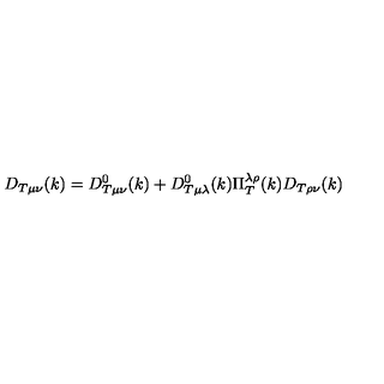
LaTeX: D _ { T \mu \nu } ( k ) = D _ { T \mu \nu } ^ { 0 } ( k ) + D _ { T \mu \lambda } ^ { 0 } ( k ) \Pi _ { T } ^ { \lambda \rho } ( k ) D _ { T \rho \nu } ( k )